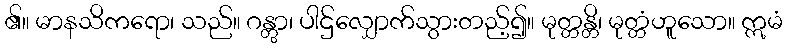
၏။ မာနသိကရော၊ သည်။ ဂန္တွာ၊ ပါဌ်လျှောက်သွားတည့်၍။ မုတ္တန္တိ၊ မုတ္တံဟူသော။ ဣမံ